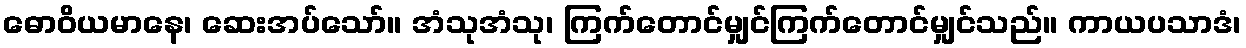
ဓောဝိယမာနေ၊ ဆေးအပ်သော်။ အံသုအံသု၊ ကြက်တောင်မျှင်ကြက်တောင်မျှင်သည်။ ကာယပသာဒံ၊